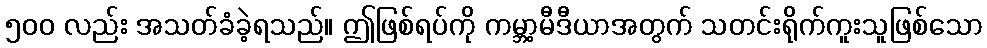
၅၀၀ လည်း အသတ်ခံခဲ့ရသည်။ ဤဖြစ်ရပ်ကို ကမ္ဘာ့မီဒီယာအတွက် သတင်းရိုက်ကူးသူဖြစ်သော